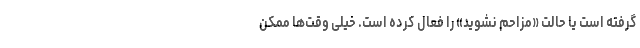
گرفته است یا حالت «مزاحم نشوید» را فعال کرده است. خیلی وقت‌ها ممکن